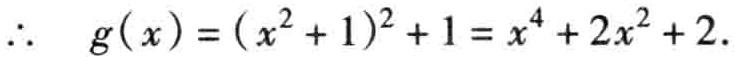
\(\therefore\ \ g(x)=(x^{2}+1)^{2}+1 = x^{4}+2x^{2}+2.\)